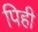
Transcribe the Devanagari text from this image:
पिही